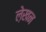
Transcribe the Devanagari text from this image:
ले़खन